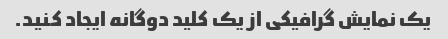
یک نمایش گرافیکی از یک کلید دوگانه ایجاد کنید.